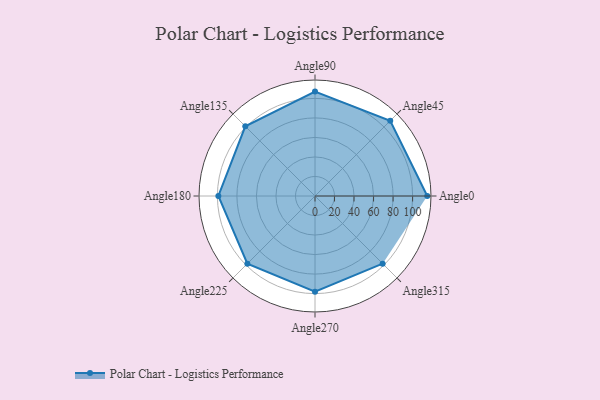
{"axis": {"x": "Angle", "y": "Radius"}, "legend": [""], "data": [{"x": "Angle0", "y": 115.0, "type": ""}, {"x": "Angle45", "y": 109.0, "type": ""}, {"x": "Angle90", "y": 107.0, "type": ""}, {"x": "Angle135", "y": 101.0, "type": ""}, {"x": "Angle180", "y": 99.0, "type": ""}, {"x": "Angle225", "y": 98.0, "type": ""}, {"x": "Angle270", "y": 98.0, "type": ""}, {"x": "Angle315", "y": 98.0, "type": ""}]}